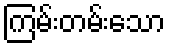
ကြမ်းတမ်းသော